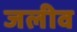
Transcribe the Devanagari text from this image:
जलीव